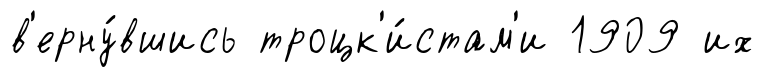
в'ерну́вшись троцк'и́стам'и 1909 их